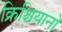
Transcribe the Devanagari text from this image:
क्रिश्चियानो